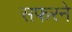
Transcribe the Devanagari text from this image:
सफरने